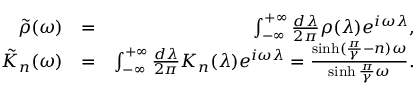
\begin{array} { r l r } { \tilde { \rho } ( \omega ) } & { = } & { \int _ { - \infty } ^ { + \infty } \frac { d \lambda } { 2 \pi } \rho ( \lambda ) e ^ { i \omega \lambda } , } \\ { \tilde { K } _ { n } ( \omega ) } & { = } & { \int _ { - \infty } ^ { + \infty } \frac { d \lambda } { 2 \pi } K _ { n } ( \lambda ) e ^ { i \omega \lambda } = \frac { \sinh ( \frac { \pi } { \gamma } - n ) \omega } { \sinh \frac { \pi } { \gamma } \omega } . } \end{array}